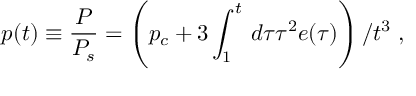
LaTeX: p ( t ) \equiv \frac { P } { P _ { s } } = \left( p _ { c } + 3 \int _ { 1 } ^ { t } \, d \tau \tau ^ { 2 } e ( \tau ) \right) / t ^ { 3 } \; ,